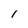
Character: 1